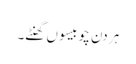
ہر دن چوبیسو ں گھنٹے۔